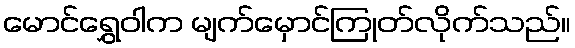
မောင်ရွှေဝါက မျက်မှောင်ကြုတ်လိုက်သည်။